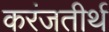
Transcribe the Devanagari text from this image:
करंजतीर्थ